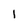
Character: I